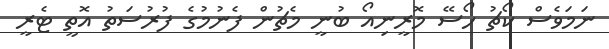
ނަމަވެސް ކޯޗު ހޯސޭ މޮރީނިއޯ ބުނީ މެޗުން ފެނުމުގެ ފުރުސަތު އޮތީ ޓެރީ